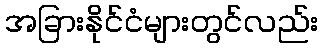
အခြားနိုင်ငံများတွင်လည်း